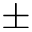
\pm